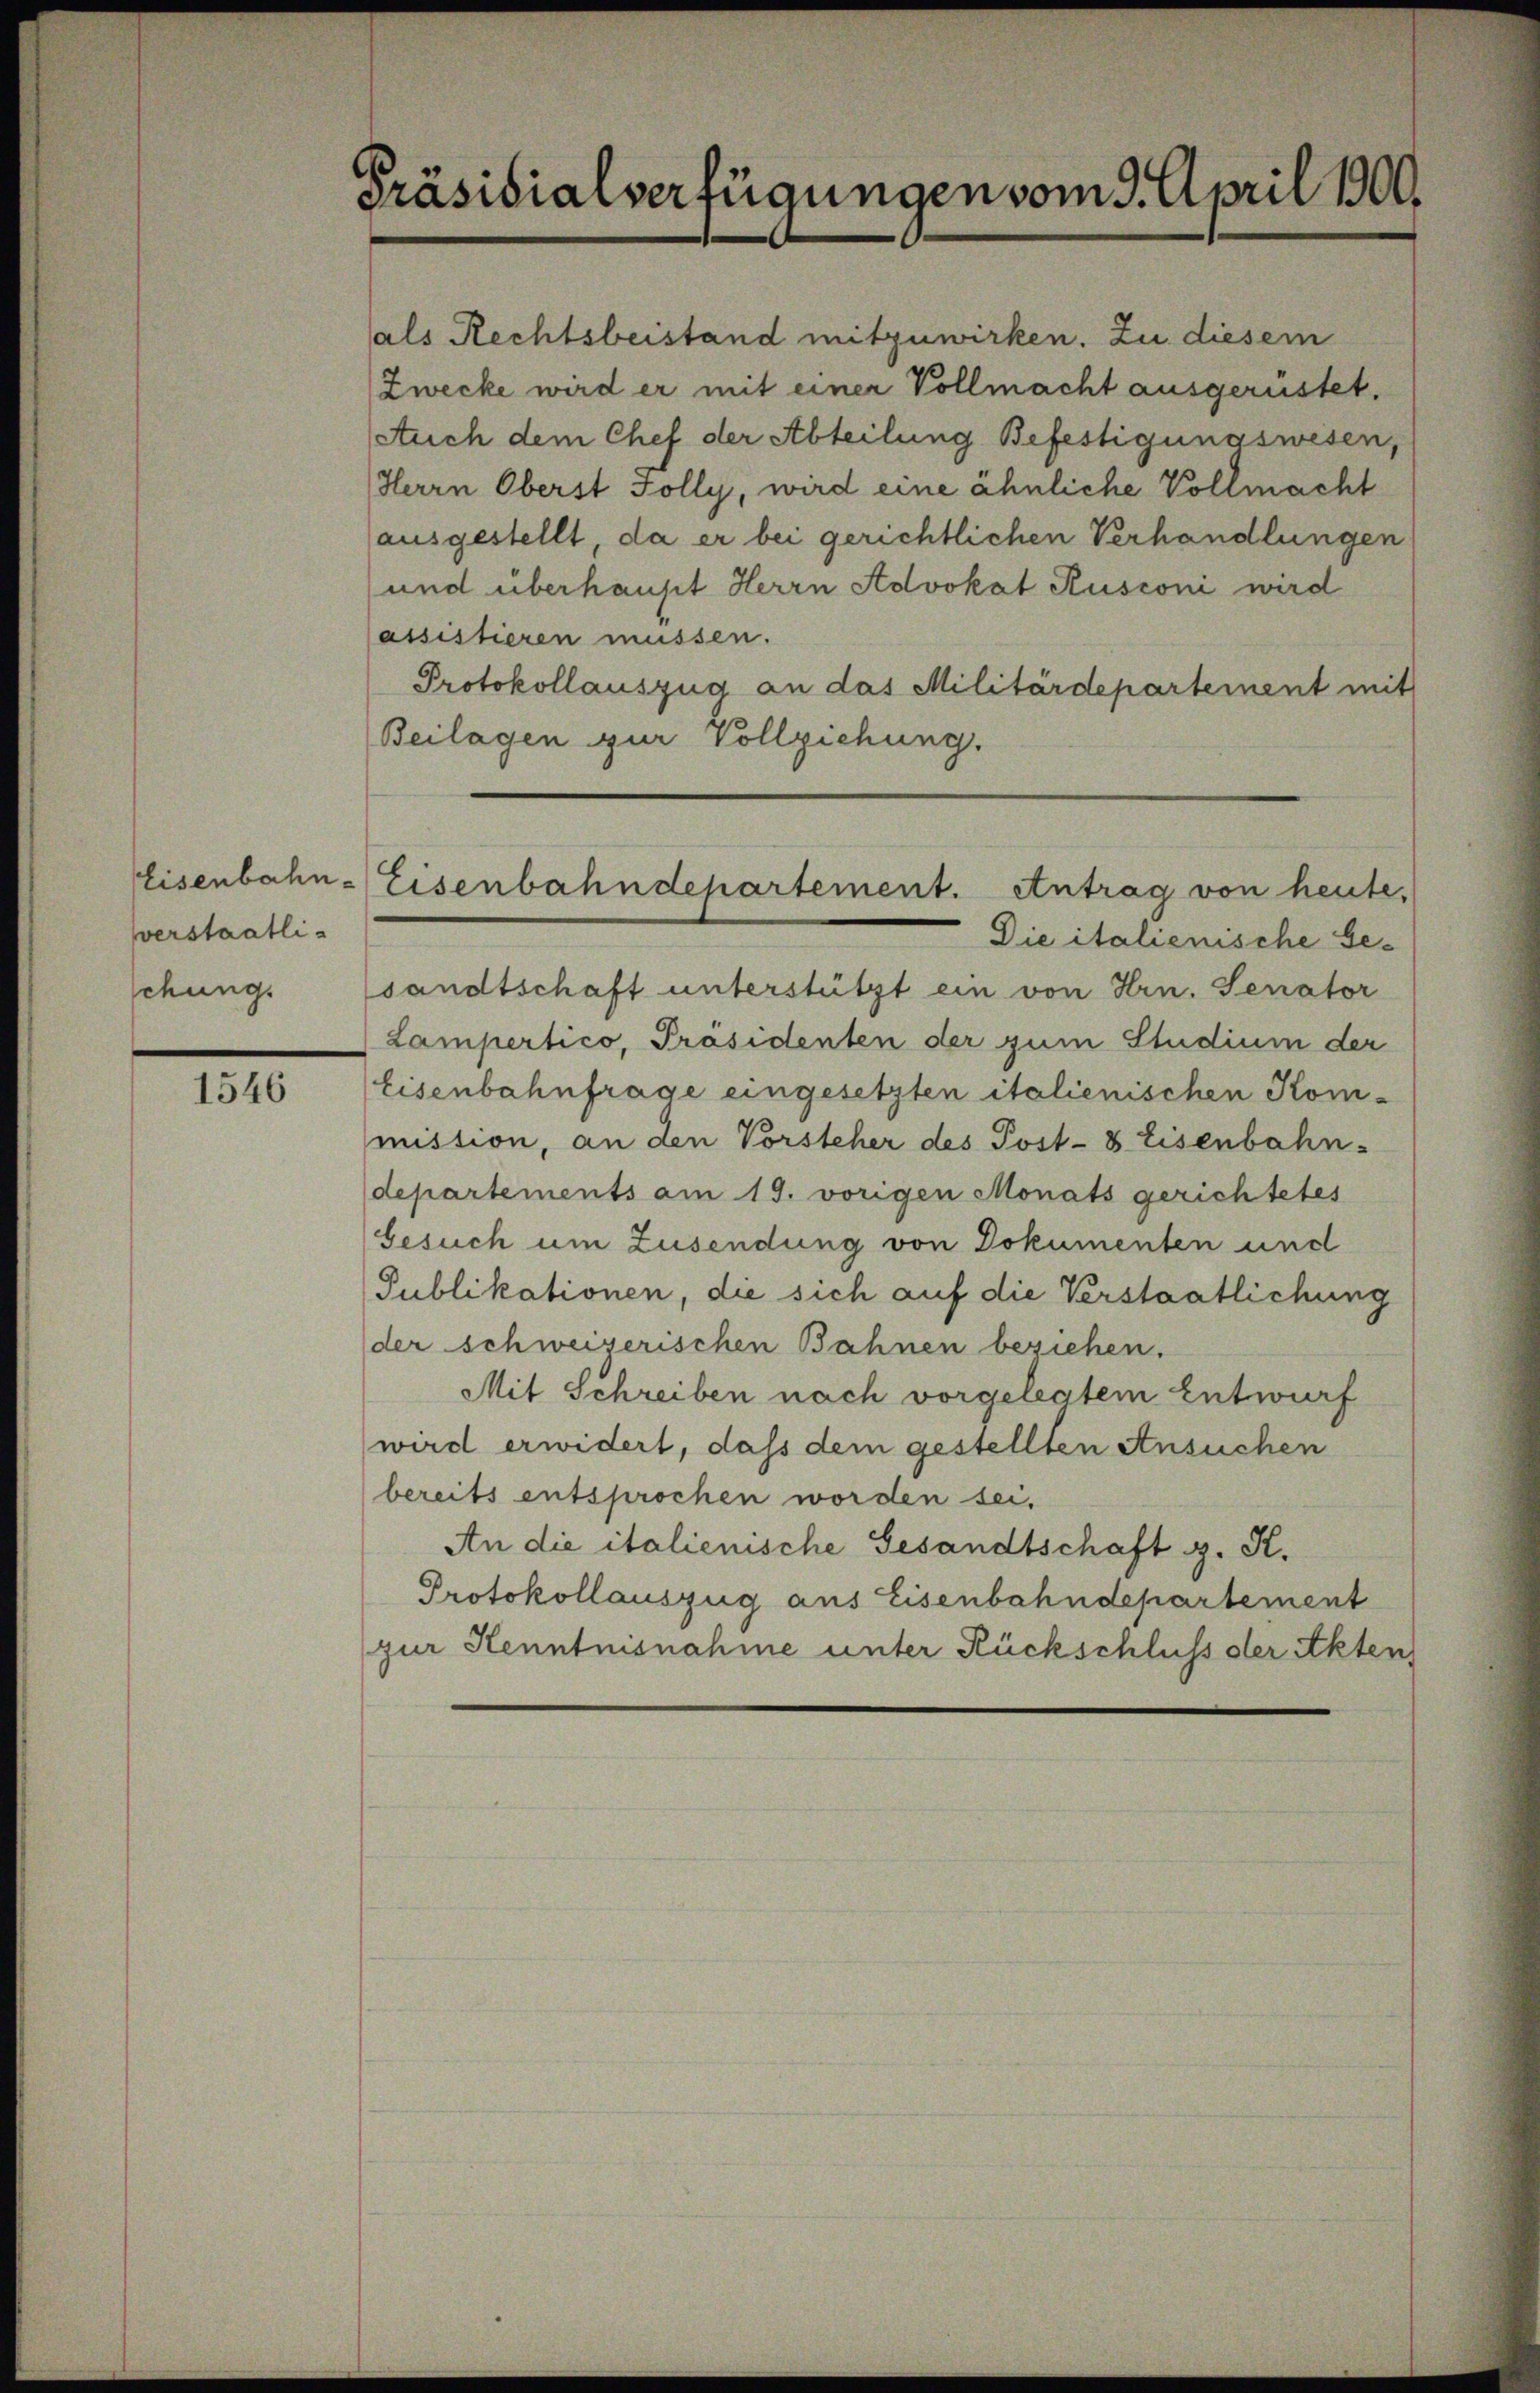
sverstaatli-
schung.

1546

Präsidialverfügungen vom 9. April 1900.

als Rechtsbeistand mitzuwirken. Zu diesem
Zwecke wird er mit einer Vollmacht ausgerüstet.
Auch dem Chef der Abteilung Befestigungswesen,
Herrn Oberst Folly, wird eine ähnliche Vollmacht
ausgestellt da er bei gerichtlichen Verhandlungen
und überhaupt Herrn Advokat Rusconi wird
assistieren müssen.
Protokollauszug an das Militärdepartement mit
Beilagen zur Vollziehung.

Die italienische Gesandtschaft unterstützt ein von Hrn. Senator
Lampertico, Präsidenten der zum Studium der
Eisenbahnfrage eingesetzten italienischen Kommistion, an den Vorsteher des Post- & Eisenbahn-
departements am 19. vorigen Monats gerichtetes
besuch um Zusendung von Dokumenten und
Publikationen, die sich auf die Verstaatlichung
der schweizerischen Bahnen beziehen.
Mit Schreiben nach vorgelegtem Entwurf
wird erwidert, daß dem gestellten Ansuchen
bereits entsprochen worden sei.
An die italienische Gesandtschaft z. K.
Protokollauszug aus Eisenbahndepartement
zur Kenntnisnahme unter Rückschluss der Akten

Eisenbahn-Eisenbahndepartement. Antrag von heute,